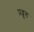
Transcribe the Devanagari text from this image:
प्रव्रूत्त